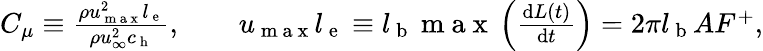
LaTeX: \begin{array}{r}{C_{\mu}\equiv\frac{\rho u_{\mathrm{~m~a~x~}}^{2}l_{\mathrm{~e~}}}{\rho u_{\infty}^{2}c_{\mathrm{~h~}}},\qquad u_{\mathrm{~m~a~x~}}l_{\mathrm{~e~}}\equiv l_{\mathrm{~b~}}\mathrm{~m~a~x~}\left(\frac{\mathrm{d}L(t)}{\mathrm{d}t}\right)=2\pi l_{\mathrm{~b~}}AF^{+},}\end{array}